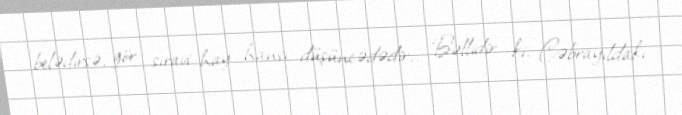
belədirsə, gör sıravi hay hansı düşüncədədir... Bəllidir ki, Cəbrayıldakı